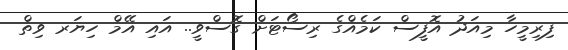
ފިރިމީހާ މިއަދު އޮފީސް ކަމެއްގެ ރިސޯޓަށް ގޮސްވީ.. އައި އޭމް ހިޔަރ ވިތް